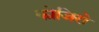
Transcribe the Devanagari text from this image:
कोजिरो